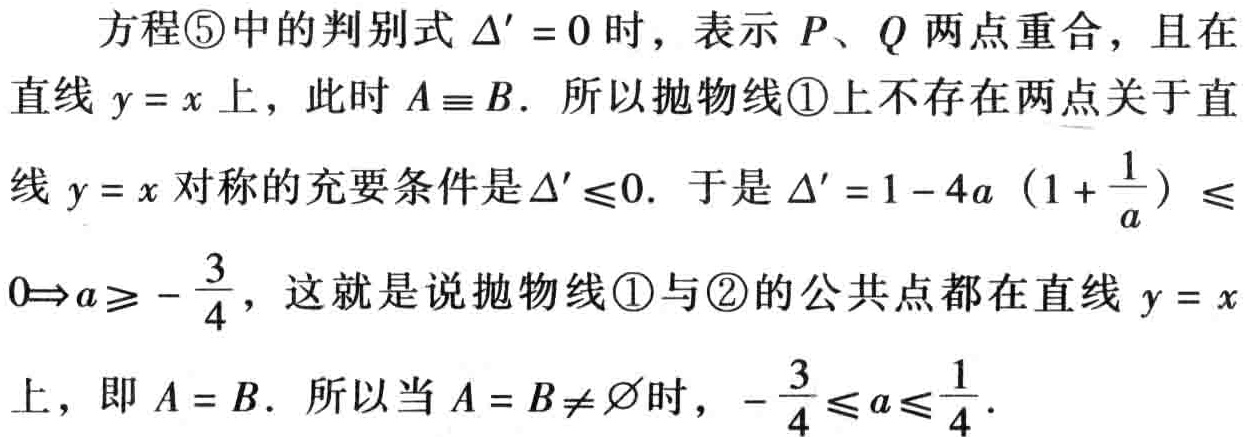
方程\textcircled{5}中的判别式\(\Delta' = 0\)时，表示 \(P\)、\(Q\)两点重合，且在直线 \(y = x\)上，此时 \(A\equiv B\). 所以抛物线\textcircled{1}上不存在两点关于直线 \(y = x\)对称的充要条件是\(\Delta'\leq0\). 于是\(\Delta' = 1 - 4a\left(1 + \frac{1}{a}\right)\leq0\Leftrightarrow a\geq - \frac{3}{4}\)，这就是说抛物线\textcircled{1}与\textcircled{2}的公共点都在直线 \(y = x\)上，即 \(A = B\). 所以当 \(A = B\neq\varnothing\)时，\(- \frac{3}{4}\leq a\leq\frac{1}{4}\).